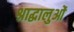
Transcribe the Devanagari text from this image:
श्राद्धालुओं